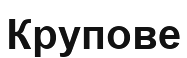
Крупове